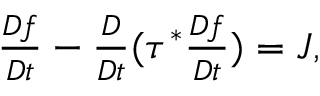
\begin{array} { r } { \frac { D f } { D t } - \frac { D } { D t } ( \tau ^ { * } \frac { D f } { D t } ) = J , } \end{array}